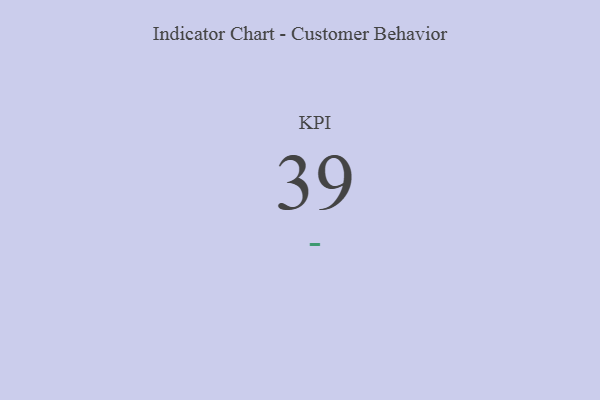
{"axis": {"x": "KPI", "y": "Value"}, "legend": [""], "data": [{"x": "KPI", "y": 39, "type": ""}]}